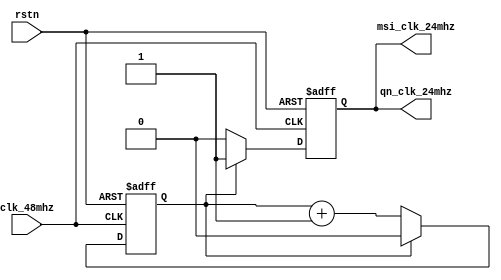
// ----------------------------------------------------------------------------
//  Version and control information:
//  File Revision       : 2.1.0
//  File Date           : 2022-08-111
//                       
// ----------------------------------------------------------------------------
// ----------------------------------------------------------------------------

//  Abstract : Meteorolite FPGA 
//             24MHZmsi001qn8027
//
// ----------------------------------------------------------------------------



module clk_gen (
    input   wire    clk_48mhz,
    input   wire    rstn,
    output  wire    msi_clk_24mhz,
    output  wire    qn_clk_24mhz
);

    reg				clk24_reg;
	reg				clk24_count;

    // 24MHZ
	always @(posedge clk_48mhz or negedge rstn) begin
		if(~rstn) begin
			clk24_reg <= 1'b0;
			clk24_count <= 1'b0;
		end
		else begin
			clk24_reg <= (clk24_count == 1'b1) ? 1'b1 : 1'b0;
			clk24_count <= (clk24_count== 1'b1) ? 1'b0 : clk24_count + 1'b1;
		end
	end
	assign msi_clk_24mhz = clk24_reg;
	assign qn_clk_24mhz = clk24_reg;
    
endmodule